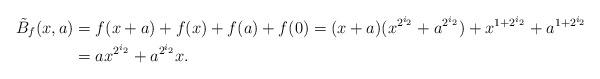
LaTeX: \begin{align*}\tilde{B}_f (x, a) &= f (x+a) + f (x) + f (a) + f(0) = (x+a) (x^{2^{i_2}} + a^{2^{i_2}}) + x^{1 + 2^{i_2}} + a^{1 + 2^{i_2}} \\&= a x^{2^{i_2}} + a^{2^{i_2}} x. \end{align*}